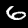
Label: 6